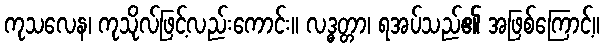
ကုသလေန၊ ကုသိုလ်ဖြင့်လည်းကောင်း။ လဒ္ဓတ္တာ၊ ရအပ်သည်၏ အဖြစ်ကြောင့်။